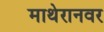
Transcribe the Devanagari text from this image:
माथेरानवर